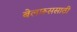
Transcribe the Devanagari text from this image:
बेलारूससाठी